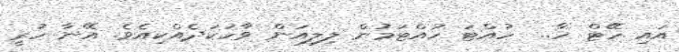
އައި ހޭޓް ހާ..  ހުއްޓަ ހުއްޓަމުން ލިލިއަން ވާހަކަދެއްކިއެވެ. އޭނާ ހުރީ